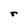
Character: r